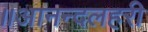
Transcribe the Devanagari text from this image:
॥आनन्दलहरी